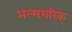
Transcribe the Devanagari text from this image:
अल्मशरिक्